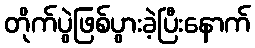
တိုက်ပွဲဖြစ်ပွားခဲ့ပြီးနောက်